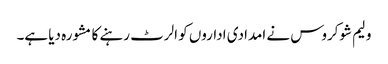
ولیم شوکروس نے امدادی اداروں کو الرٹ رہنے کا مشورہ دیا ہے۔